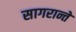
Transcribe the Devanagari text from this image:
सागरान्ते